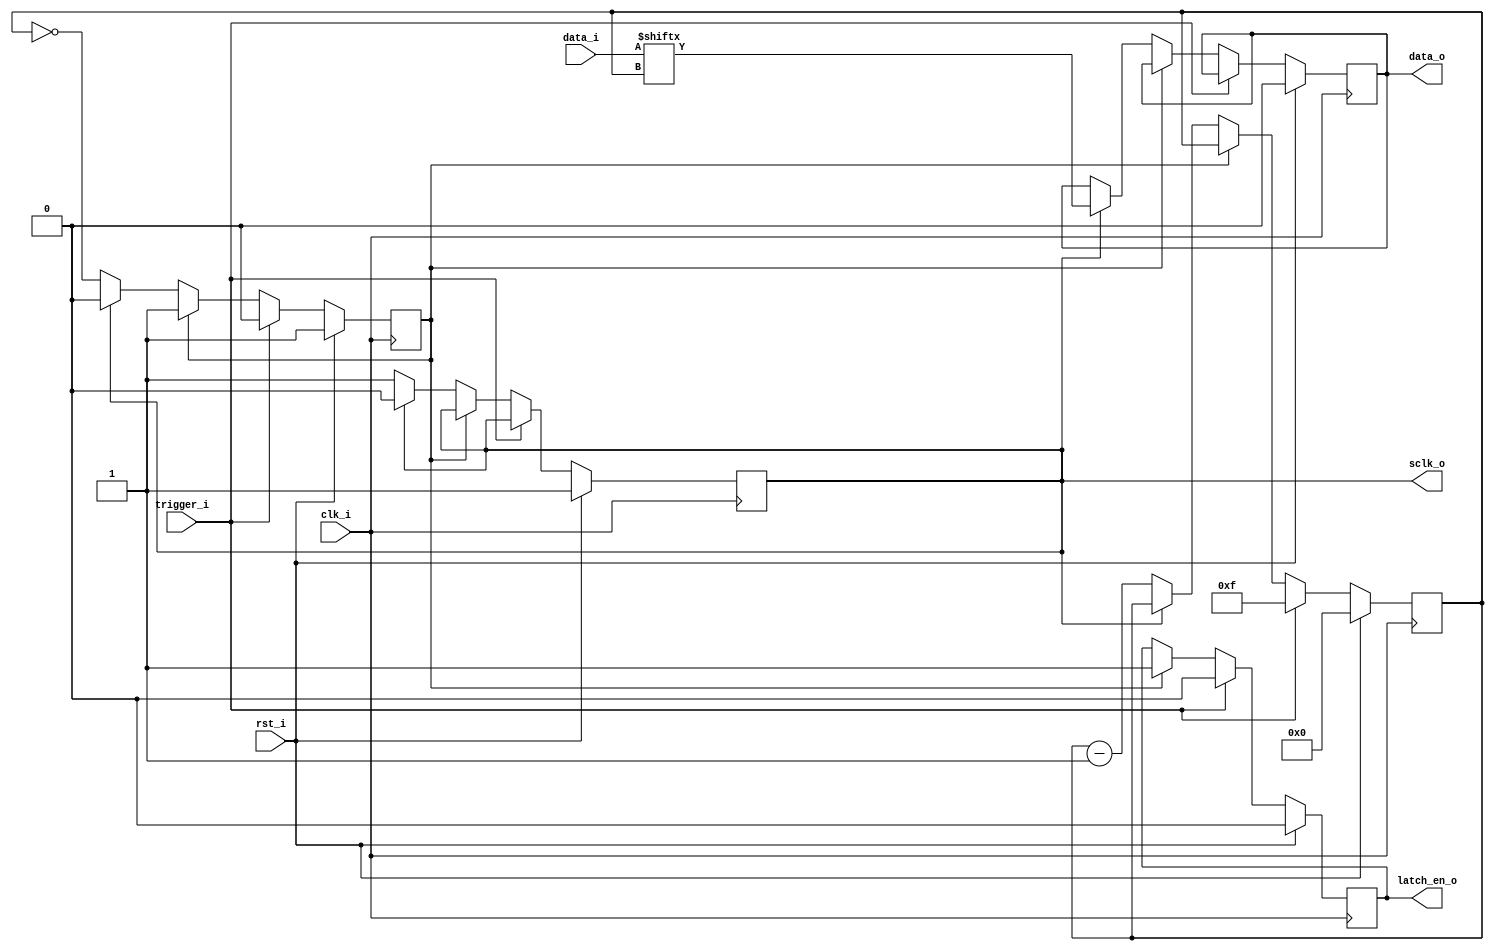
module shift_register_595 #(
    parameter NUM_ICS = 2
) (
    input   clk_i,
    input   rst_i,

    input   trigger_i,                  // Active high
    input   [((NUM_ICS*8)-1):0] data_i, // Data input

    output  wire sclk_o,                // SHCP of all 595s tied together
    output  wire data_o,                // DS pin of 1st 595 in chain
    output  wire latch_en_o             // STCP pin of all 595s together
);
    localparam NUM_COUNT_BITS = NUM_ICS * 8;
    localparam NUM_COUNT_REG_BITS = $clog2(NUM_COUNT_BITS);

    reg data;
    reg sclk;
    reg is_idle;
    reg latch_en;
    reg [NUM_COUNT_REG_BITS-1:0] shift_count;

    assign sclk_o = sclk;
    assign data_o = data;
    assign latch_en_o = latch_en;

    always @(posedge clk_i) begin
        if (rst_i) begin
            data <= 1'b0;
            sclk <= 1'b1;
            is_idle <= 1'b1;
            latch_en <= 1'b0;
            shift_count <= 0;
        end else if (trigger_i) begin
            is_idle <= 1'b0;
            latch_en <= 1'b0;
            shift_count <= (NUM_COUNT_BITS - 1);
        end else if (!is_idle) begin
            if (sclk == 1'b1) begin
                sclk <= 1'b0;
                data <= data_i[shift_count];
            end else begin
                sclk <= 1'b1;
                shift_count <= shift_count - 1;
                is_idle <= (shift_count == 0);
            end
        end else begin
            latch_en <= 1'b1;
        end
    end

endmodule